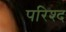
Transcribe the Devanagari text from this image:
परिश्द